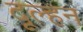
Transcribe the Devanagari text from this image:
दूल्हन